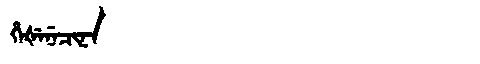
Manchu: ᡥᡝᡧᡝᠨᡝᠴᡳᠨᠠ
Romanization: HEŠENECINA